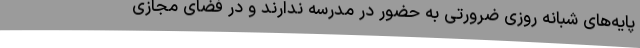
پایه‌های شبانه روزی ضرورتی به حضور در مدرسه ندارند و در فضای مجازی